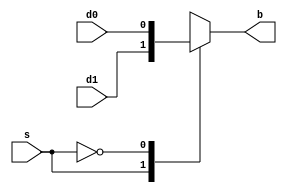
module mux2_1(d0, d1, b, s);
	input s, d0, d1;
	output b;

	reg out;
	always @*case(s)
		1'b1 : out = d1;
		1'b0 : out = d0;
	endcase

	assign b = out;
endmodule